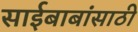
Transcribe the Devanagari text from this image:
साईबाबांसाठी